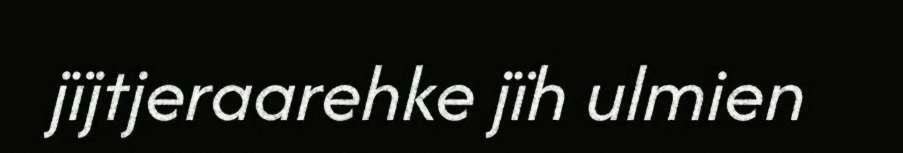
jïjtjeraarehke jïh ulmien